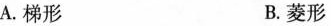
A.梯形 B.菱形